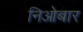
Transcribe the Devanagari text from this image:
निओबार